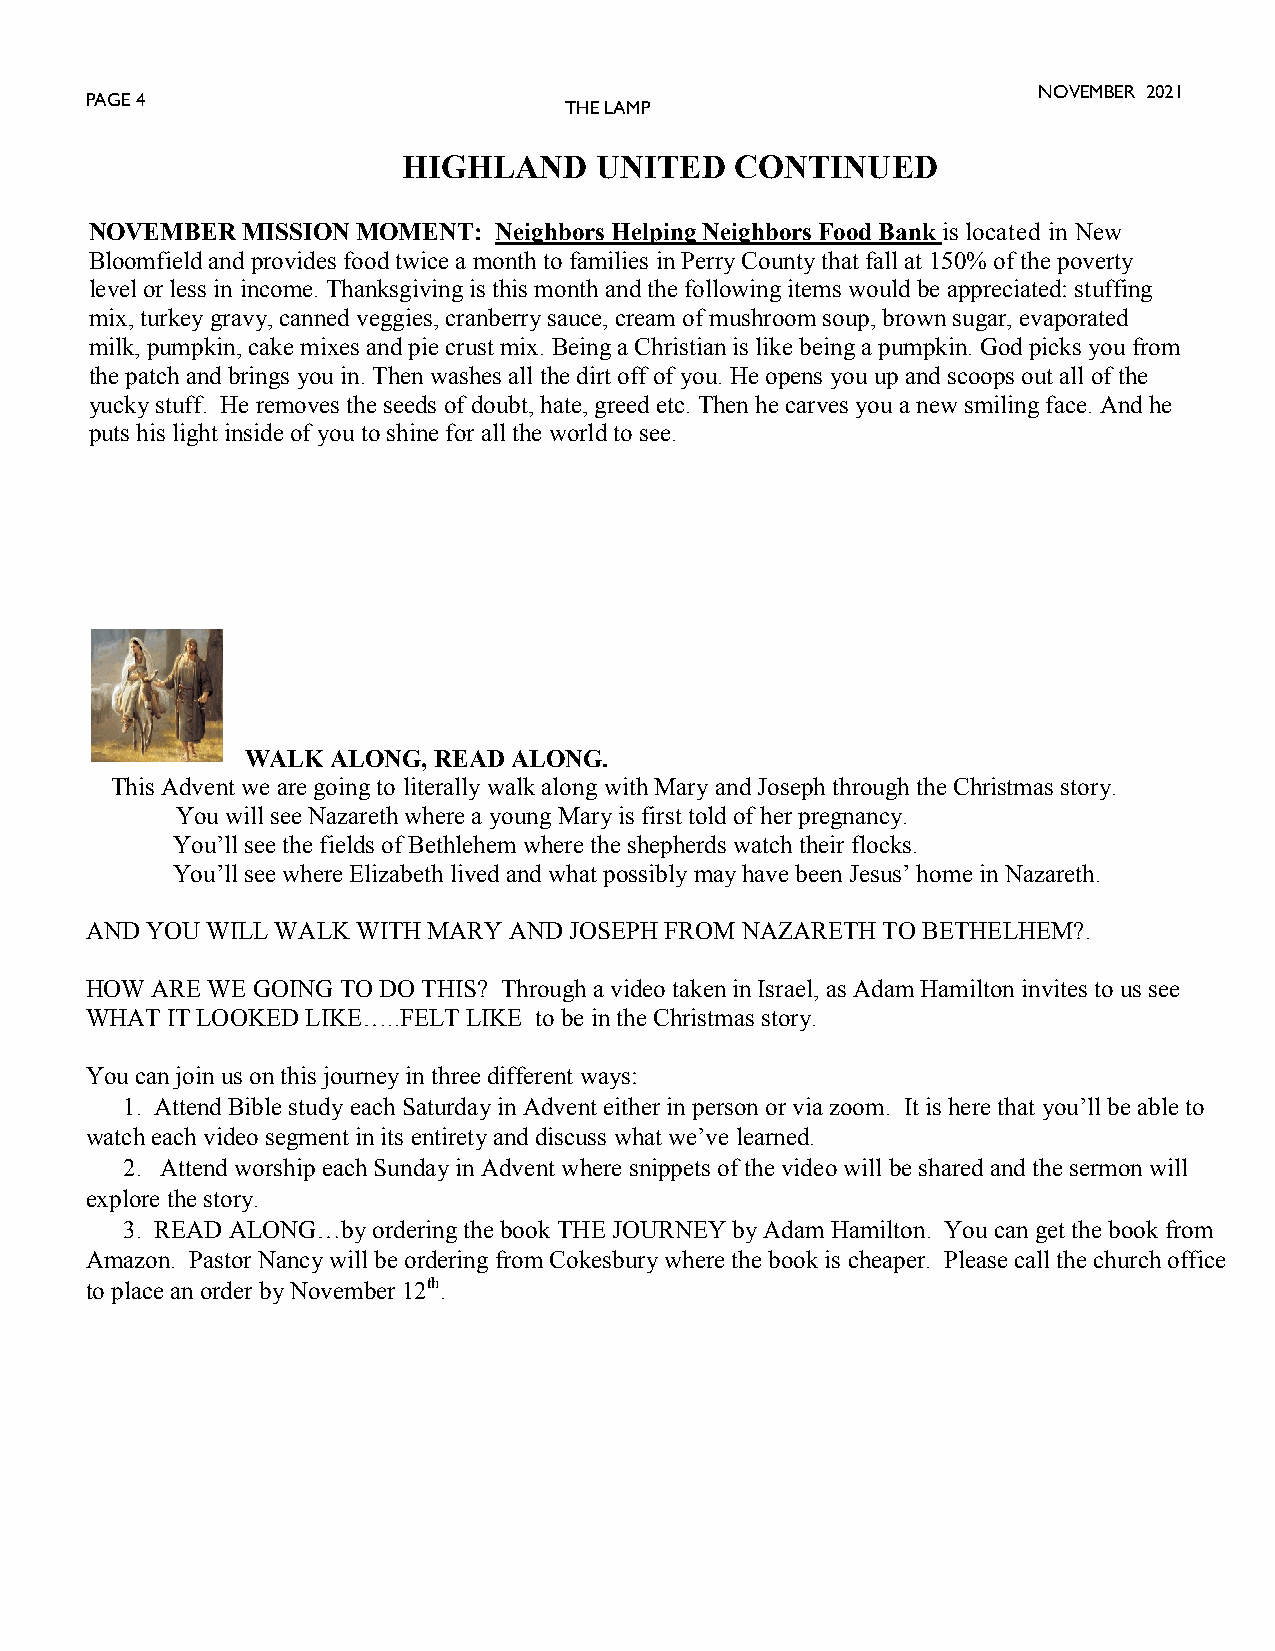
NOVEMBER 2021
 PAGE 4
 THE LAMP
 HIGHLAND    UNITED    CONTINUED
 NOVEMBER  MISSION MOMENT:  Neighbors Helping Neighbors Food Bank is located in New
 Bloomfield and provides food twice a month to families in Perry County that fall at 150% of the poverty
 level or less in income. Thanksgiving is this month and the following items would be appreciated: stuffing
 mix, turkey gravy, canned veggies, cranberry sauce, cream of mushroom soup, brown sugar, evaporated
 milk, pumpkin, cake mixes and pie crust mix. Being a Christian is like being a pumpkin. God picks you from
 the patch and brings you in. Then washes all the dirt off of you. He opens you up and scoops out all of the
 yucky stuff. He removes the seeds of doubt, hate, greed etc. Then he carves you a new smiling face. And he
 puts his light inside of you to shine for all the world to see.
 WALK  ALONG, READ ALONG.
 This Advent we are going to literally walk along with Mary and Joseph through the Christmas story.
 You will see Nazareth where a young Mary is first told of her pregnancy.
 You’ll see the fields of Bethlehem where the shepherds watch their flocks.
 You’ll see where Elizabeth lived and what possibly may have been Jesus’ home in Nazareth.
 AND YOU WILL WALK WITH MARY AND JOSEPH FROM NAZARETH TO BETHELHEM?.
 HOW ARE WE GOING TO DO THIS? Through a video taken in Israel, as Adam Hamilton invites to us see
 WHAT IT LOOKED LIKE…..FELT LIKE to be in the Christmas story.
 You can join us on this journey in three different ways:
 1. Attend Bible study each Saturday in Advent either in person or via zoom. It is here that you’ll be able to
 watch each video segment in its entirety and discuss what we’ve learned.
 2. Attend worship each Sunday in Advent where snippets of the video will be shared and the sermon will
 explore the story.
 3. READ ALONG…by ordering the book THE JOURNEY by Adam Hamilton. You can get the book from
 Amazon. Pastor Nancy will be ordering from Cokesbury where the book is cheaper. Please call the church office
 to place an order by November 12th.